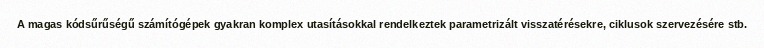
A magas kódsűrűségű számítógépek gyakran komplex utasításokkal rendelkeztek parametrizált visszatérésekre, ciklusok szervezésére stb.